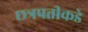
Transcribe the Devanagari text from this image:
छत्रपतीकडे